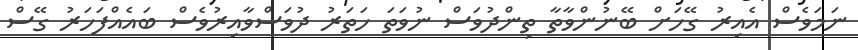
ނަމަވެސް އެއިރު ގޭހަށް ބޭނުންވާތާ ތިންދުވަސް ނުވަތަ ހަތަރު ދުވަސްވާއިރުވެސް ބައެއްފަހަރު ގޭސް